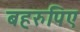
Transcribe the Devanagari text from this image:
बहरुपिए